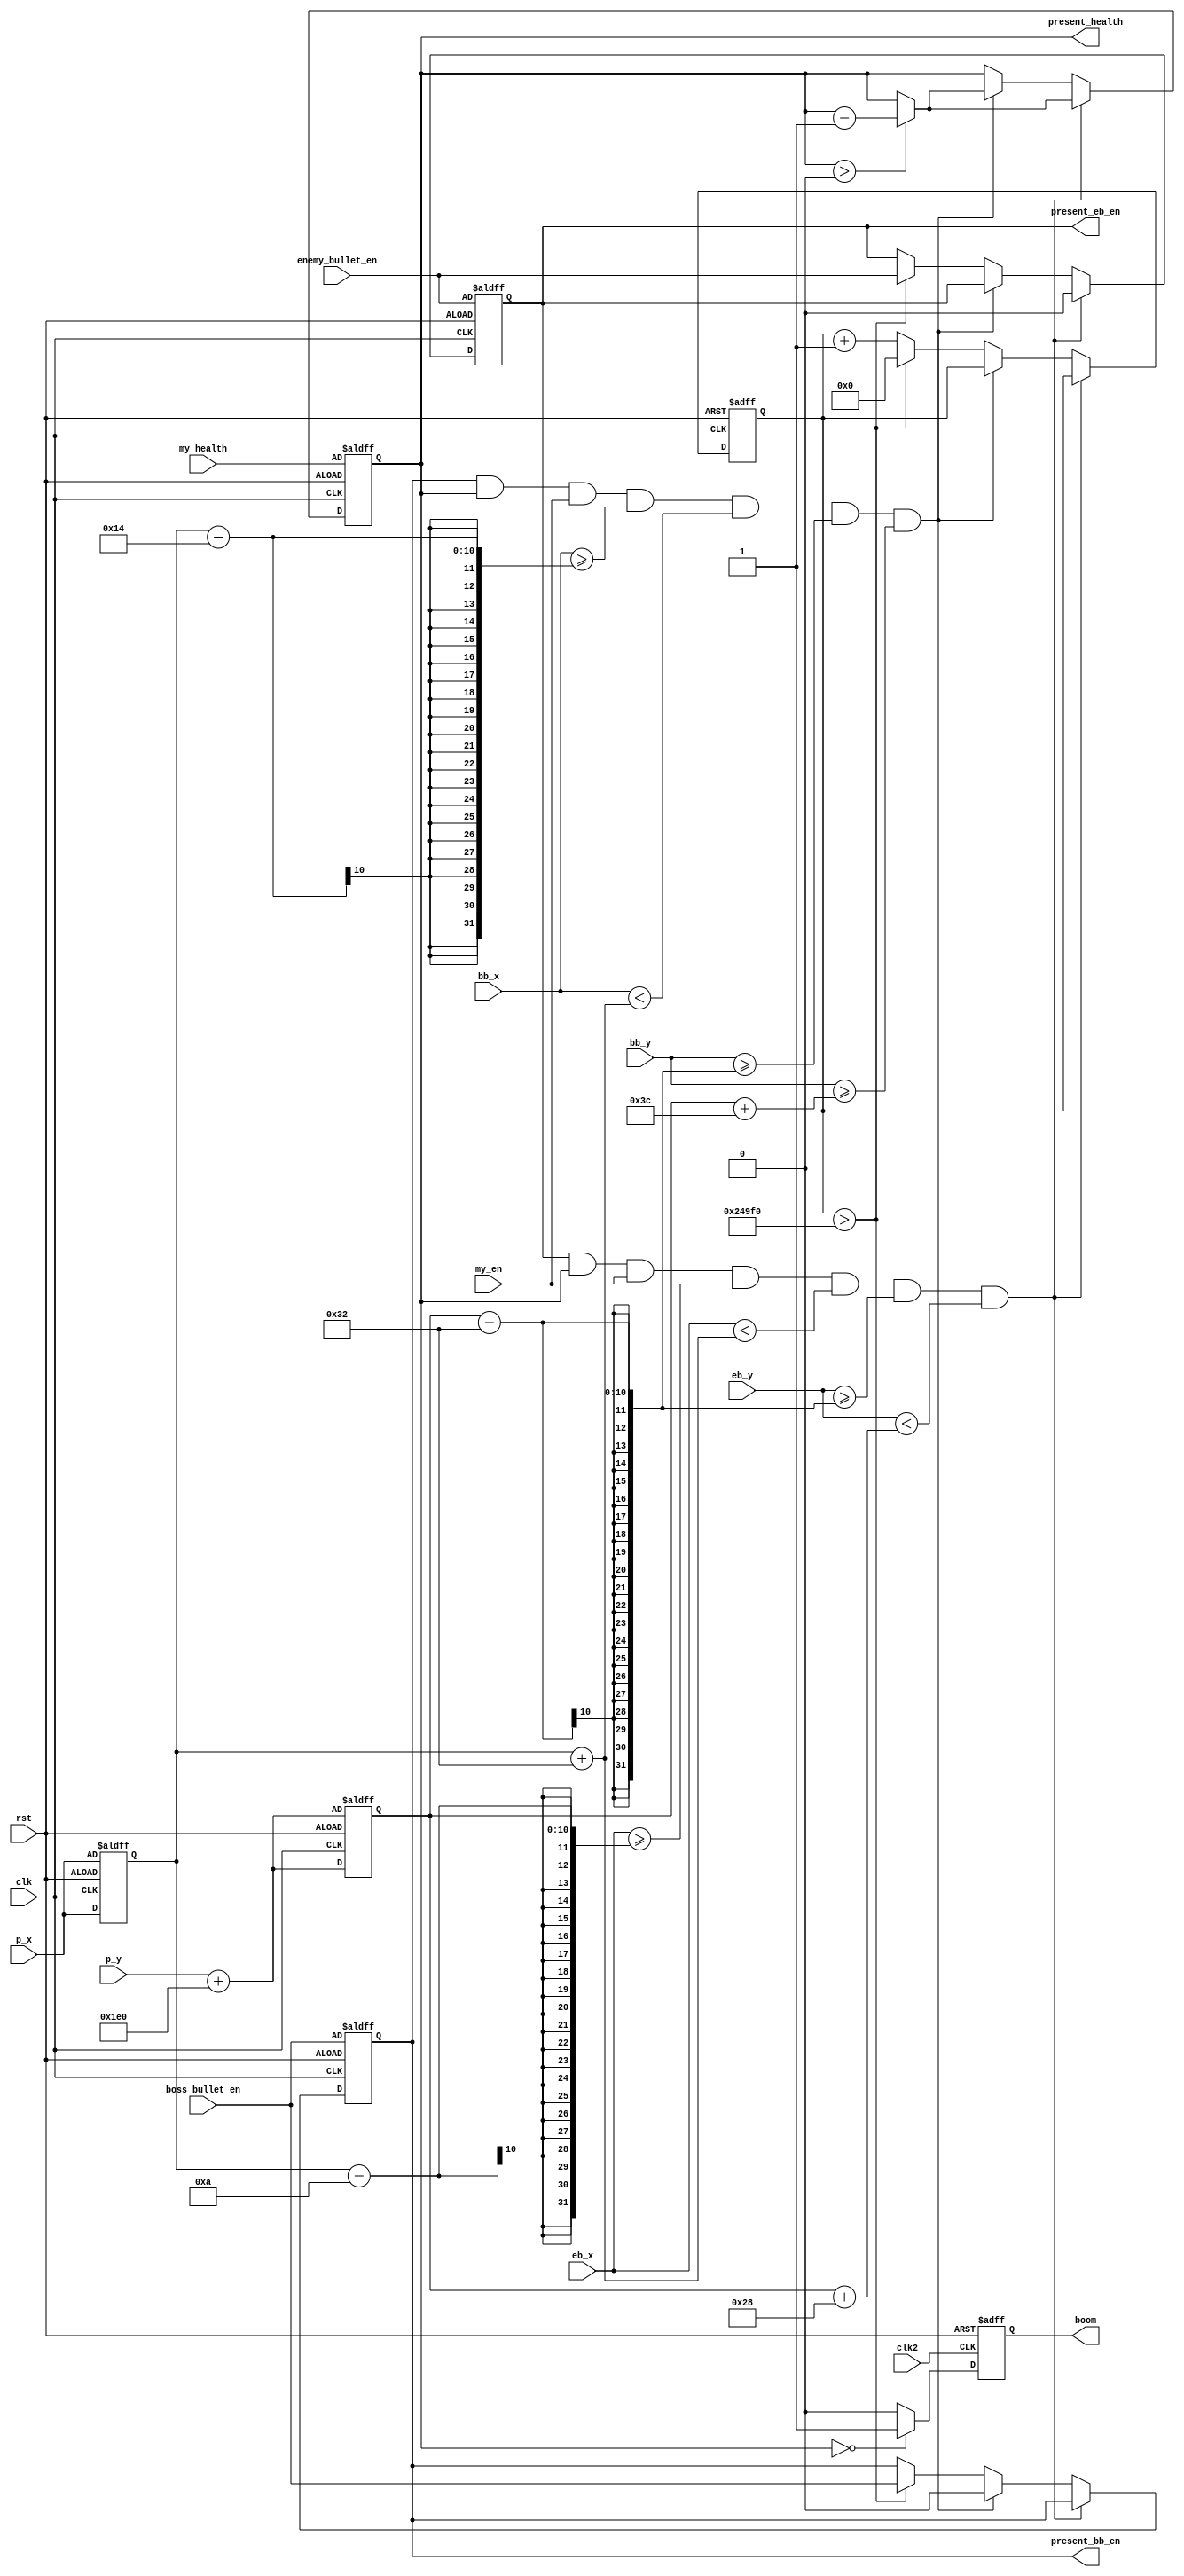
module My_Boom_Judge (
    input clk, rst,
    input clk2,
    input [9:0] p_x, p_y,
    input [9:0] eb_x, eb_y,
    input [9:0] bb_x, bb_y,
    input enemy_bullet_en,  //1 for the enemy bullet exist
    input boss_bullet_en,
    input my_en,  //1 for my plane exist
    input [3:0] my_health,
    output reg boom,  //1 for my plane boom, 1 is positive
    output reg present_eb_en,  //1 for enemy bullet still exist
    output reg present_bb_en,
    output reg [3:0] present_health
);
    reg [9:0] fake_mp_x;
    reg [9:0] fake_mp_y;
    reg [31:0] collide_count;
    

    always@(posedge clk or posedge rst) begin
         if(rst) begin
            present_health <= my_health;
            fake_mp_x <= p_x;
            fake_mp_y <= p_y + 480;
            present_eb_en <= enemy_bullet_en;
            present_bb_en <= boss_bullet_en;
            collide_count <= 32'b0;
        end
        else begin 
            fake_mp_x <= p_x;
            fake_mp_y <= p_y + 480;
            if(present_eb_en && present_health && my_en && eb_x >= fake_mp_x - 10 && eb_x < fake_mp_x + 50 && eb_y >= fake_mp_y - 50 && eb_y < fake_mp_y + 40) begin
                present_eb_en <= 1'b0;
                if(present_health > 4'b0) begin
                    present_health <= present_health - 1;
                end
            end 
            else if(present_bb_en && present_health && my_en && bb_x >= fake_mp_x -20 && bb_x < fake_mp_x + 50 && bb_y >= fake_mp_y - 50 && bb_y >= fake_mp_y + 60) begin
                present_bb_en <= 1'b0;
                if(present_health > 4'b0) begin
                    present_health <= present_health - 1;
                end
            end
            else begin
                present_health <= present_health;
                collide_count <= collide_count + 1;
                if(collide_count > 15_000_0) begin
                    present_eb_en <= enemy_bullet_en;
                    present_bb_en <= boss_bullet_en;
                    collide_count <= 32'b0;
                end
            end
        end
    end 

    always@(posedge clk2 or posedge rst) begin
        if(rst) begin
            boom <= 1'b0;
        end
        else if(present_health == 4'b0) begin
            boom <= 1'b1;
        end 
        else begin
            boom <= 1'b0;
        end
    end

endmodule